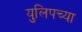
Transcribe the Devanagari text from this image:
युलिपच्या